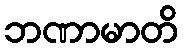
ဘဏာမာတိ